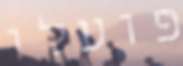
פועלו